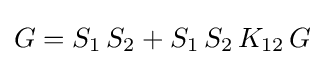
G=S_{1}\,S_{2}+S_{1}\,S_{2}\,K_{12}\,G